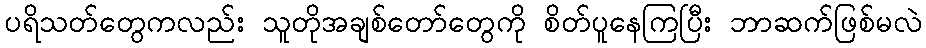
ပရိသတ်တွေကလည်း သူတိုအချစ်တော်တွေကို စိတ်ပူနေကြပြီး ဘာဆက်ဖြစ်မလဲ